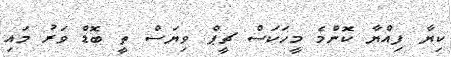
ކިޔާ ފިއްޔާ ކޮންމެ މީހަކަސް ޗީޕް ވިޔަސް ތީ ބޮޑް ވަރު މައި